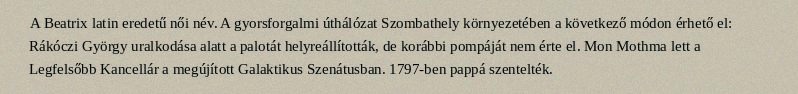
A Beatrix latin eredetű női név. A gyorsforgalmi úthálózat Szombathely környezetében a következő módon érhető el: Rákóczi György uralkodása alatt a palotát helyreállították, de korábbi pompáját nem érte el. Mon Mothma lett a Legfelsőbb Kancellár a megújított Galaktikus Szenátusban. 1797-ben pappá szentelték.